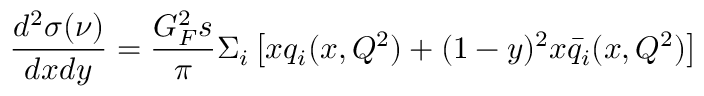
\frac { d ^ { 2 } \sigma ( \nu ) } { d x d y } = \frac { G _ { F } ^ { 2 } s } { \pi } \Sigma _ { i } \left[ x q _ { i } ( x , Q ^ { 2 } ) + ( 1 - y ) ^ { 2 } x \bar { q } _ { i } ( x , Q ^ { 2 } ) \right]